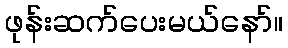
ဖုန်းဆက်ပေးမယ်နော်။